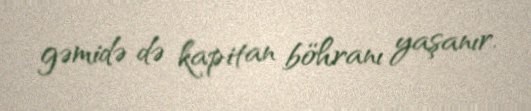
gəmidə də kapitan böhranı yaşanır.